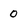
Character: 0